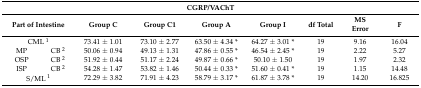
<table><thead><tr><td colspan="9"><b>CGRP/VAChT</b></td></tr><tr><td colspan="2"><b>Part of Intestine</b></td><td><b>Group C</b></td><td><b>Group C1</b></td><td><b>Group A</b></td><td><b>Group I</b></td><td><b>df Total</b></td><td><b>MS Error</b></td><td><b>F</b></td></tr></thead><tbody><tr><td colspan="2">CML <sup>1</sup></td><td>73.41 ± 1.01</td><td>73.10 ± 2.77</td><td>63.50 ± 4.34 *</td><td>64.27 ± 3.01 *</td><td>19</td><td>9.16</td><td>16.04</td></tr><tr><td>MP</td><td>CB <sup>2</sup></td><td>50.06 ± 0.94</td><td>49.13 ± 1.31</td><td>47.86 ± 0.55 *</td><td>46.54 ± 2.45 *</td><td>19</td><td>2.22</td><td>5.27</td></tr><tr><td>OSP</td><td>CB <sup>2</sup></td><td>51.92 ± 0.44</td><td>51.17 ± 2.24</td><td>49.87 ± 0.66 *</td><td>50.10 ± 1.50</td><td>19</td><td>1.97</td><td>2.32</td></tr><tr><td>ISP</td><td>CB <sup>2</sup></td><td>54.28 ± 1.47</td><td>53.82 ± 1.46</td><td>50.44 ± 0.33 *</td><td>51.60 ± 0.41 *</td><td>19</td><td>1.15</td><td>14.48</td></tr><tr><td colspan="2">S/ML <sup>1</sup></td><td>72.29 ± 3.82</td><td>71.91 ± 4.23</td><td>58.79 ± 3.17 *</td><td>61.87 ± 3.78 *</td><td>19</td><td>14.20</td><td>16.825</td></tr></tbody></table>